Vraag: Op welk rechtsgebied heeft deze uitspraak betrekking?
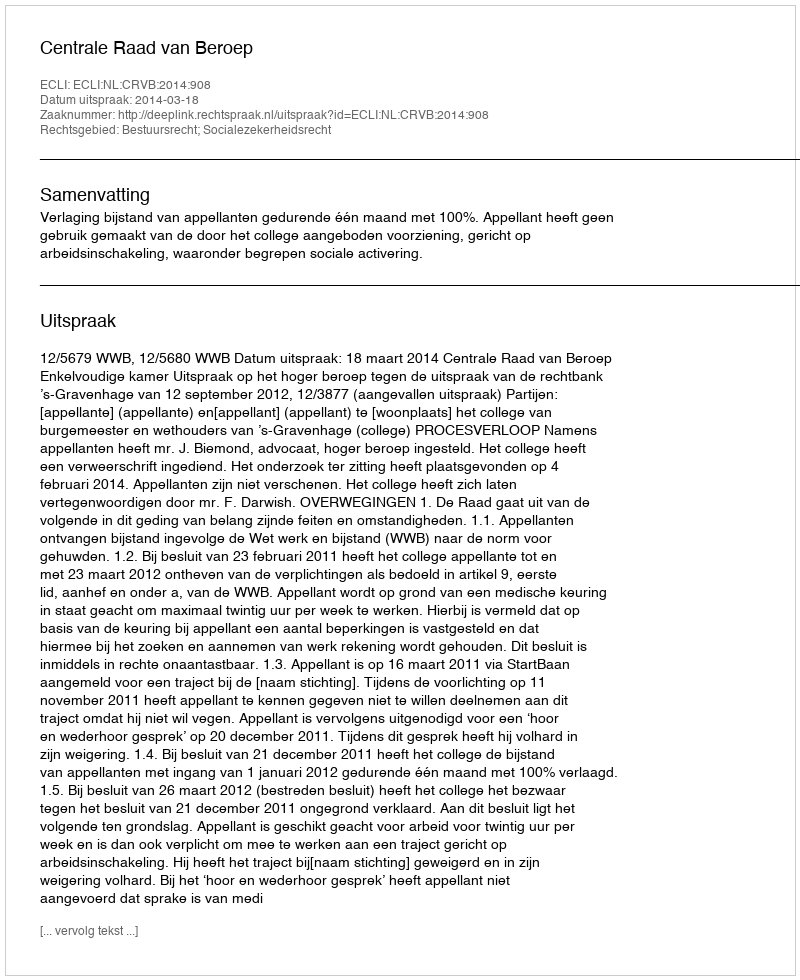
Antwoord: Bestuursrecht; Socialezekerheidsrecht